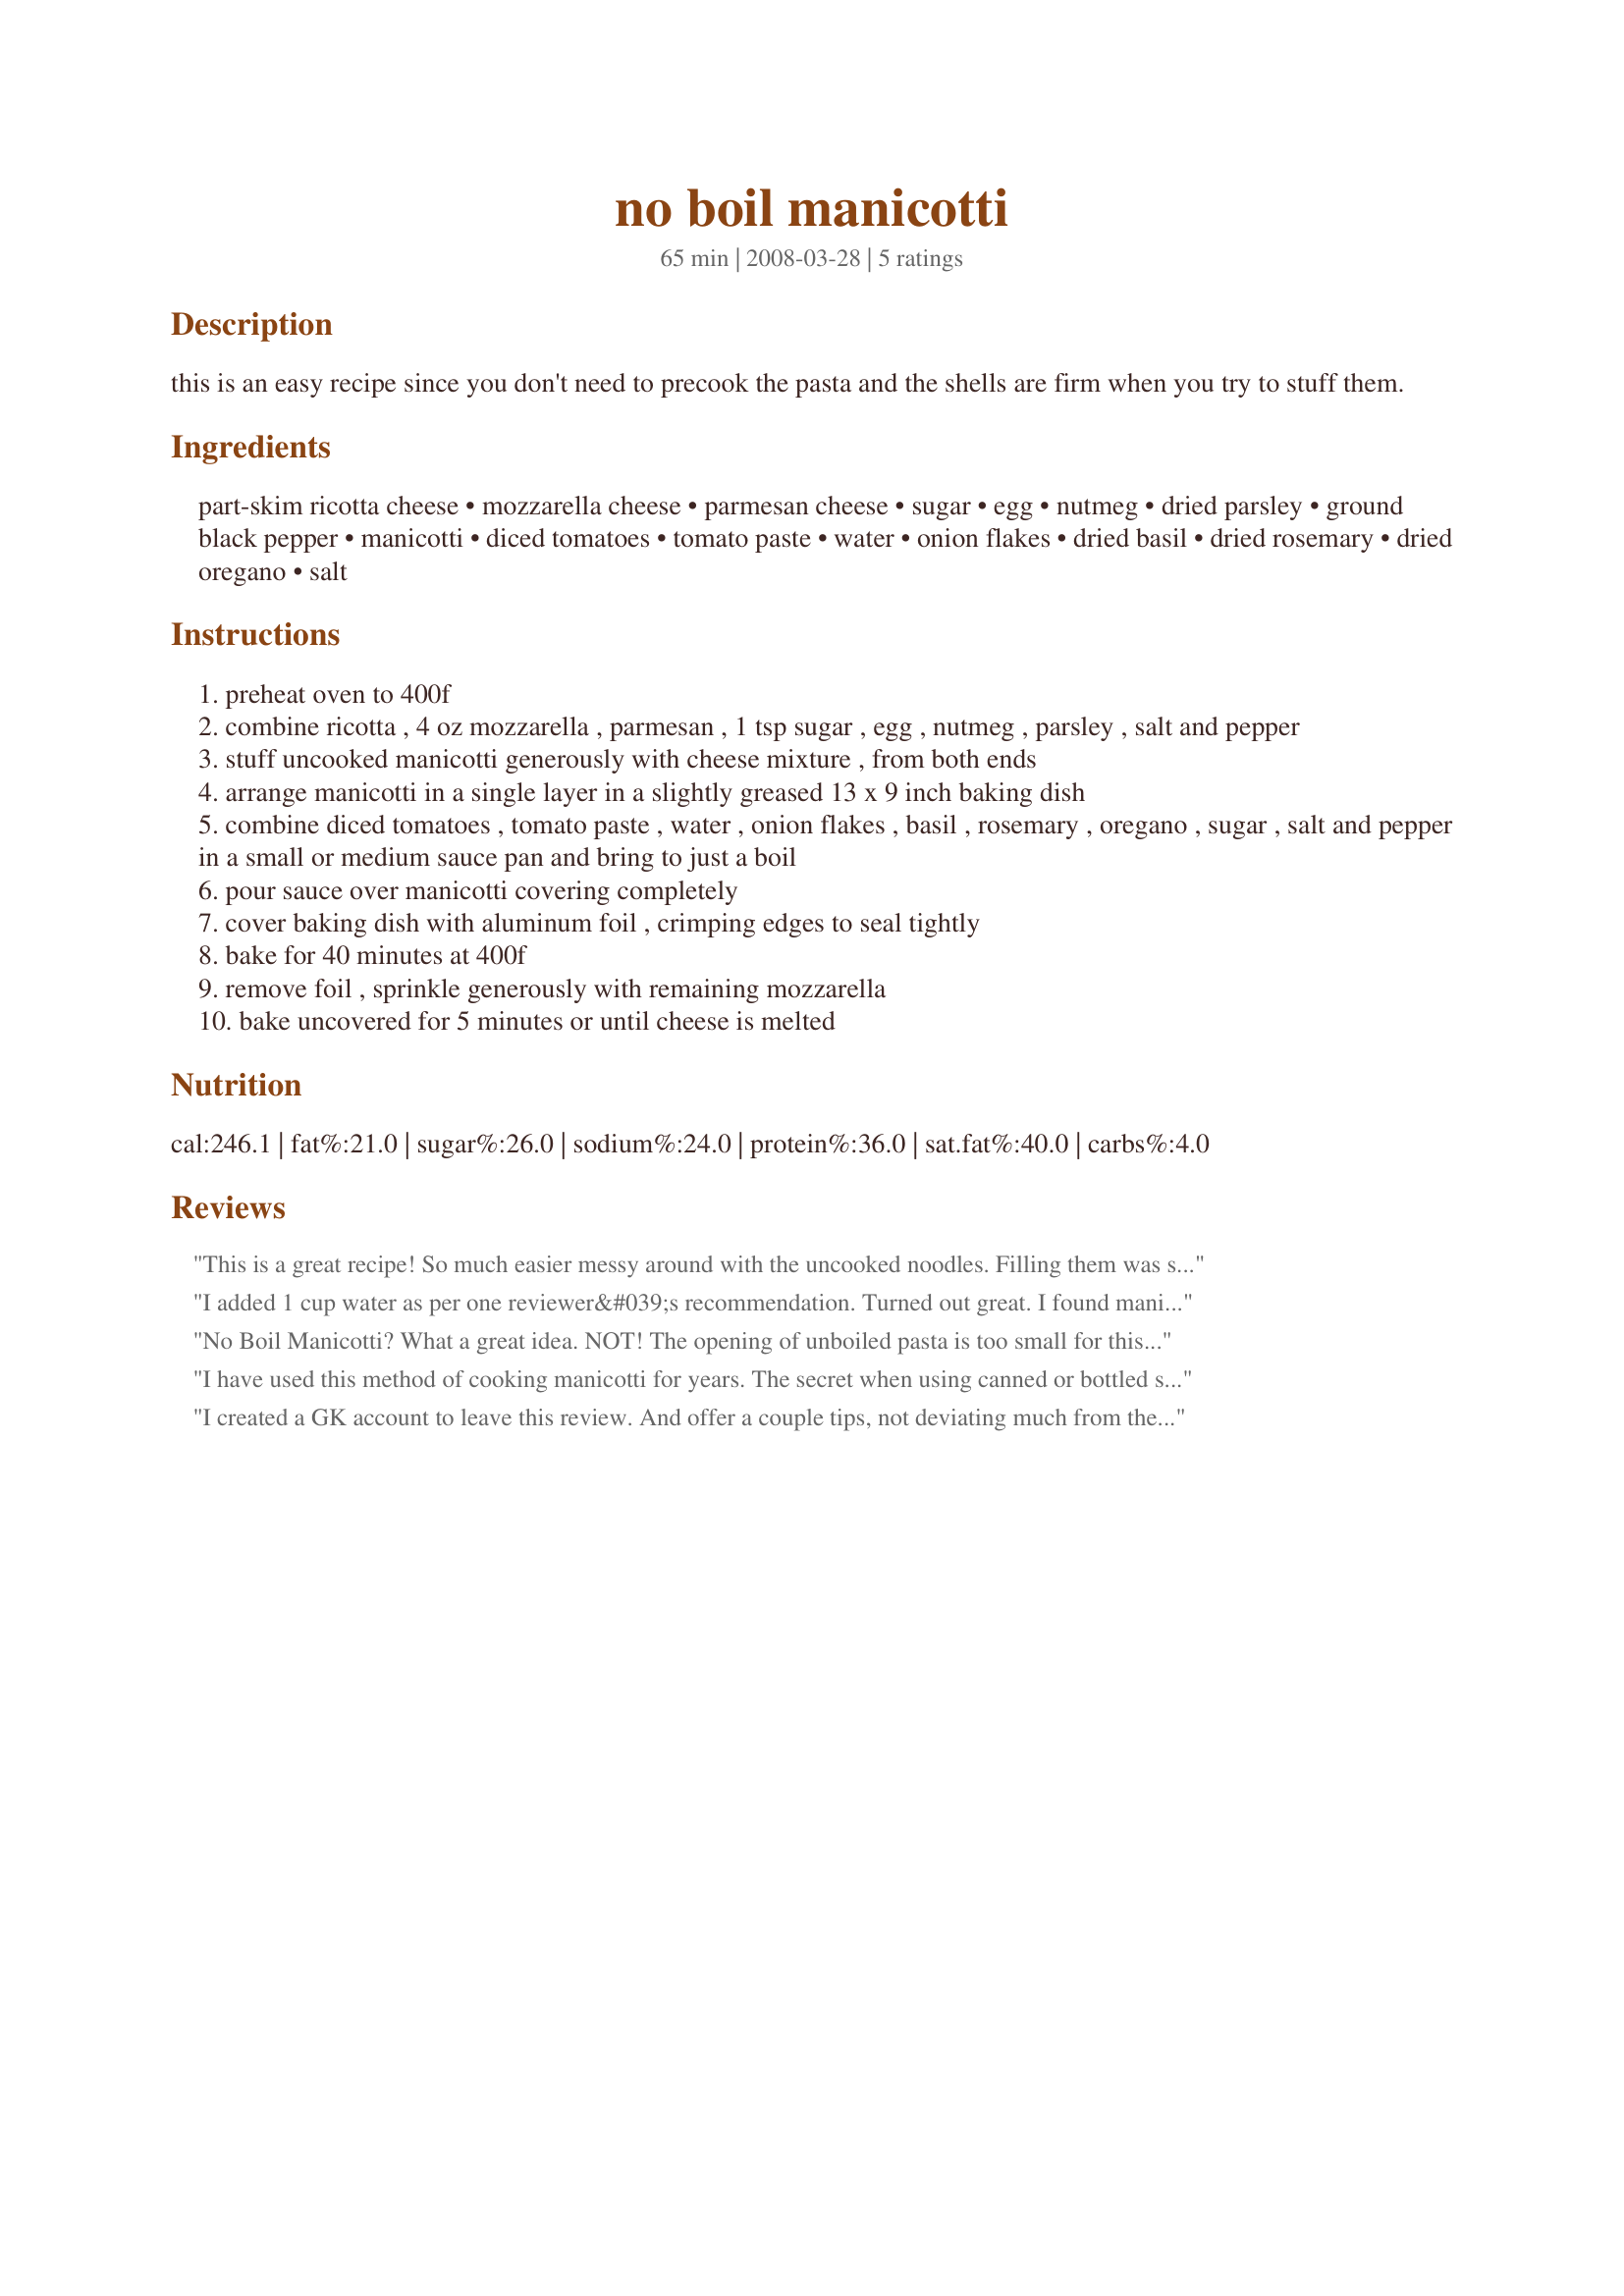
no boil manicotti
Preparation time: 65 minutes

this is an easy recipe since you don't need to precook the pasta and the shells are firm when you try to stuff them.

Ingredients:
part-skim ricotta cheese, mozzarella cheese, parmesan cheese, sugar, egg, nutmeg, dried parsley, ground black pepper, manicotti, diced tomatoes, tomato paste, water, onion flakes, dried basil, dried rosemary, dried oregano, salt

Steps:
preheat oven to 400f
combine ricotta , 4 oz mozzarella , parmesan , 1 tsp sugar , egg , nutmeg , parsley , salt and pepper
stuff uncooked manicotti generously with cheese mixture , from both ends
arrange manicotti in a single layer in a slightly greased 13 x 9 inch baking dish
combine diced tomatoes , tomato paste , water , onion flakes , basil , rosemary , oregano , sugar , salt and pepper in a small or medium sauce pan and bring to just a boil
pour sauce over manicotti covering completely
cover baking dish with aluminum foil , crimping edges to seal tightly
bake for 40 minutes at 400f
remove foil , sprinkle generously with remaining mozzarella
bake uncovered for 5 minutes or until cheese is melted

Reviews:
This is a great recipe! So much easier messy around with the uncooked noodles. Filling them was so much easier. I just snipped a small corner from a freezer bag and filled away! This was delicious also. I will definitely make this again and again!
I added 1 cup water as per one reviewer&#039;s recommendation. Turned out great. I found manicotti very easy to stuff. Thanks for the recipe.
No Boil Manicotti? What a great idea. NOT! The opening of unboiled pasta is too small for this to be a short cut. The pastry bag idea also did not work for me. Although perhaps that is because I used cottage cheese instead of ricotta cheese. I used two jars of expensive, gourmet sauce and still had to double the cooking time due to pasta not soft enough after only 40 minutes.
I have used this method of cooking manicotti for years. The secret when using canned or bottled sauce is to add 1 cup of water to the sauce and heating it before covering manicotti. It works every time.
I created a GK account to leave this review. And offer a couple tips, not deviating much from the as is recipe. As others said, heat the sauce (like burn you hot) with one cup water before adding to dry noodles. I always measure 1 cup of water, then shake it up in the sauce jar with lid on to get the stuff from the sides. This is my umpteenth time making this recipe, my almost 2 year old, plowed through 3 noodles. He loves it, we love it, it's easy, its awesome. I make in advance. Pre measure a piece of foil that will cover the baking dish. Use that same piece to cover cheese mixture (less the egg) then refrigerate until you're ready to have dinner. When that time comes, beat the egg, add into the cheese mixture, using a freezer bag (start with a small hole cut in corner) pipe it into noodles. Do all this while oven/sauce is getting hot. I do suggest the 8oz divided mozz be around 70/30 with the 30 on top. Otherwise you'll have 2 lonely noodles with no filling. I also suggest, using your judgment with the 1 tsp sugar. If you have a robust sauce, sure that'd work. If you prefer a sweet sauce, it might be better to reduce the amount. We use about 1/2 tsp with a sweet sauce. That pre cut piece of foil, goes on any leftovers.
